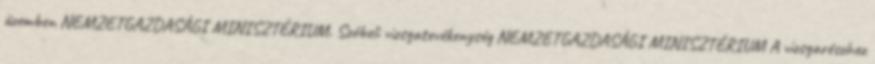
üzemben NEMZETGAZDASÁGI MINISZTÉRIUM. Szóbeli vizsgatevékenység NEMZETGAZDASÁGI MINISZTÉRIUM A vizsgarészhez